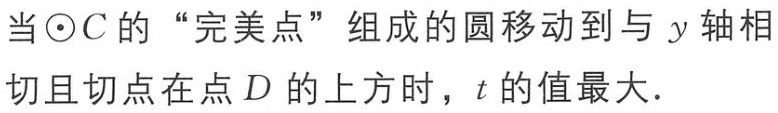
当\(\odot C\)的“完美点”组成的圆移动到与\(y\)轴相切且切点在点\(D\)的上方时，\(t\)的值最大．